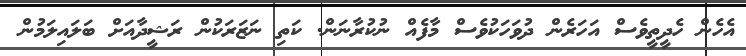
އެހެން ހެދީތީވެސް އަހަރެން ދުވަހަކުވެސް މާފެއް ނުކުރާނަން. ކަތި ނަޒަރަކުން ރަޝީދާއަށް ބަލައިލަމުން